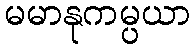
မမာနုကမ္ပယာ